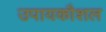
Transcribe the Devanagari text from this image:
उपायकौशल